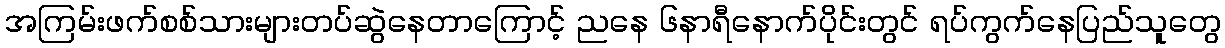
အကြမ်းဖက်စစ်သားများတပ်ဆွဲနေတာကြောင့် ညနေ ၆နာရီနောက်ပိုင်းတွင် ရပ်ကွက်နေပြည်သူတွေ